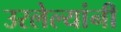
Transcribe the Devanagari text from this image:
उरलेल्यांनी